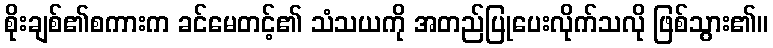
စိုးချစ်၏စကားက ခင်မေတင့်၏ သံသယကို အတည်ပြုပေးလိုက်သလို ဖြစ်သွား၏။